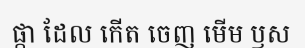
ផ្កា ដែល កើត ចេញ មើម ឫស